Leaving Certificate Examination (including Day School Certificate (Higher) General paper), 1938
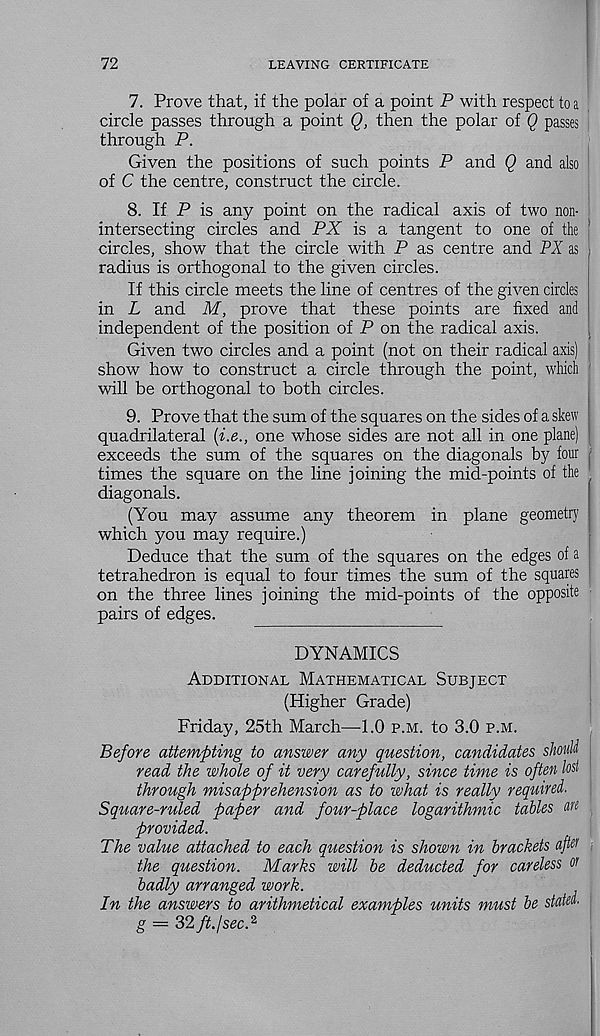
72
LEAVING CERTIFICATE
7. Prove that, if the polar of a point P with respect to a
circle passes through a point Q, then the polar of Q passes
through P.
Given the positions of such points P and Q and also
of C the centre, construct the circle.
8. If P is any point on the radical axis of two non-
intersecting circles and PX is a tangent to one of the
circles, show that the circle with P as centre and PX as ,
radius is orthogonal to the given circles.
If this circle meets the line of centres of the given cirdes
in L and M, prove that these points are fixed and
independent of the position of P on the radical axis.
Given two circles and a point (not on their radical axis)
show how to construct a circle through the point, which
will be orthogonal to both circles.
9. Prove that the sum of the squares on the sides of a skew
quadrilateral (i.e., one whose sides are not all in one plane)
exceeds the sum of the squares on the diagonals by four
times the square on the line joining the mid-points of the
diagonals.
(You may assume any theorem in plane geometry
which you may require.)
Deduce that the sum of the squares on the edges of a
tetrahedron is equal to four times the sum of the squares
on the three lines joining the mid-points of the opposite
pairs of edges.
DYNAMICS
Additional Mathematical Subject
(Higher Grade)
Friday, 25th March—-1.0 p.m. to 3.0 p.m.
Before attempting to answer any question, candidates should
read the whole of it very carefully, since time is often lost
through misapprehension as to what is really required.
Square-ruled paper and four-place logarithmic tables are
provided.
The value attached to each question is shown in brackets after
the question. Marks will be deducted for careless or
badly arranged work.
In the answers to arithmetical examples units must be stated,
g — 32 ft. I sec. 2